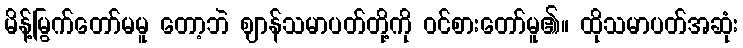
မိန့်မြွက်တော်မမူ တော့ဘဲ ဈာန်သမာပတ်တို့ကို ဝင်စားတော်မူ၏။ ထိုသမာပတ်အဆုံး